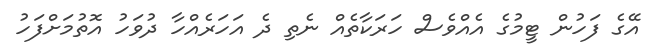
އޭގެ ފަހުން ޓީމުގެ އެއްވެސް ހަރަކާތެއް ނެތި ދެ އަހަރެއްހާ ދުވަހު އޮތުމަށްފަހު